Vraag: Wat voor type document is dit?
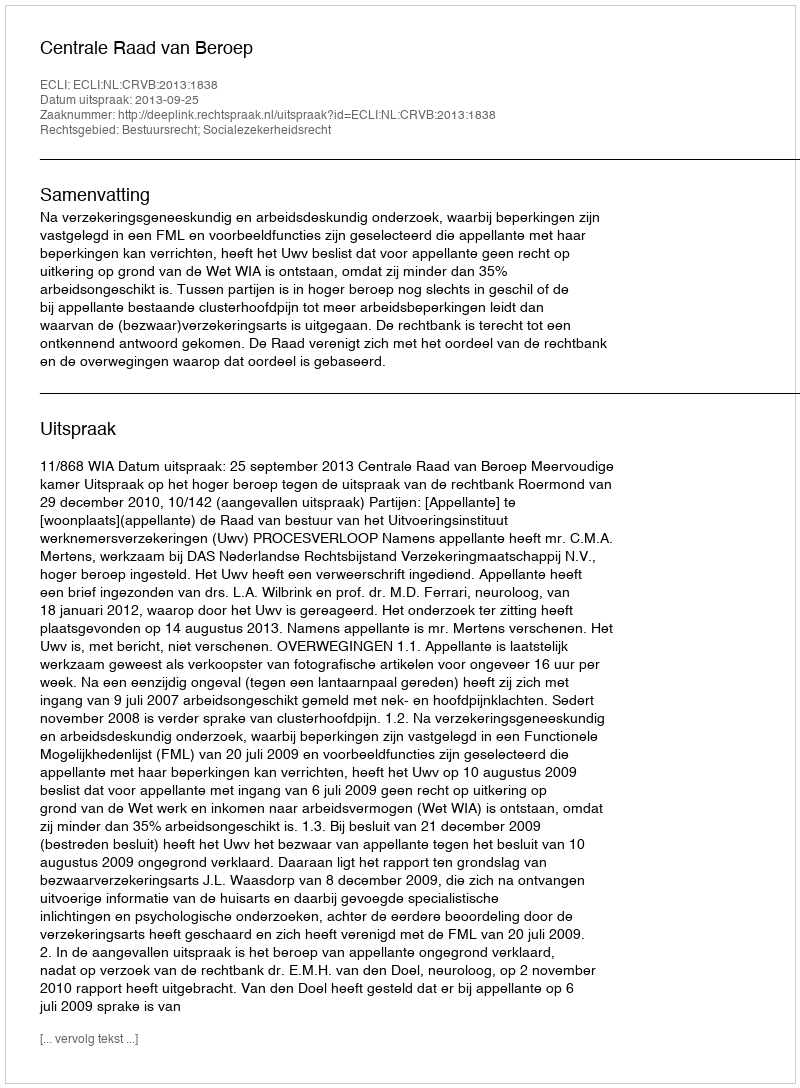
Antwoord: Uitspraak